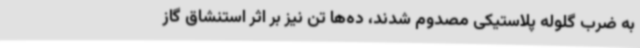
به ضرب گلوله پلاستیکی مصدوم شدند، ده‌ها تن نیز بر اثر استنشاق گاز